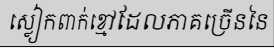
ស្លៀកពាក់ខ្មៅដែលភាគច្រើននៃ